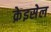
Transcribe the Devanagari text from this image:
क्रेइसेल